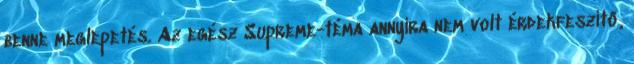
benne meglepetés. Az egész Supreme-téma annyira nem volt érdekfeszítő,